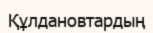
Құлдановтардың